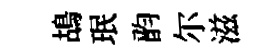
鴣珉韵尔滋